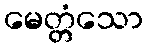
မေတ္တံသော